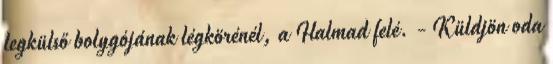
legkülső bolygójának légkörénél, a Halmad felé. - Küldjön oda